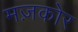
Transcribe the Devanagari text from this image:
मज़कोर